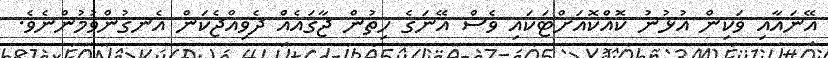
އޭނައާއި ވަކިން އުޅުނު ކޮއްކޮއަށްޓަކައި ވެސް އޭނަގެ ހިތުން ޖާގައެއް ދެވިއްޖެކަން އެނގުންވުމުންނެވެ.